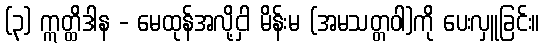
(၃) ဣတ္ထိဒါန - မေထုန်အလို့ငှါ မိန်းမ (အမသတ္တဝါ)ကို ပေးလှူခြင်း။